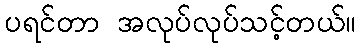
ပရင်တာ အလုပ်လုပ်သင့်တယ်။